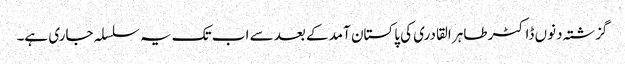
گزشتہ دنوں ڈاکٹر طاہر القادری کی پاکستان آمد کے بعد سے اب تک یہ سلسلہ جاری ہے۔